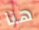
هنا